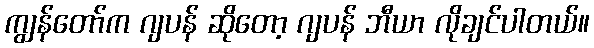
ကျွန်တော်က ဂျပန် ဆိုတော့ ဂျပန် ဘီယာ လိုချင်ပါတယ်။